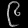
Digit: ၉